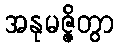
အနုမဇ္ဇိတွာ